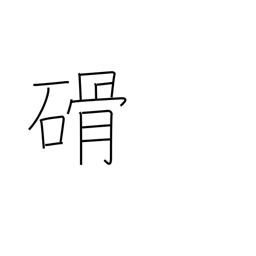
Meaning: stone implement